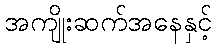
အကျိုးဆက်အနေနှင့်